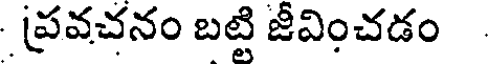
ప్రవచనం బట్టి జీవించడం